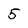
Character: 5